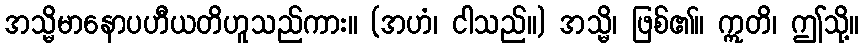
အသ္မိမာနောပဟီယတိဟူသည်ကား။ (အဟံ၊ ငါသည်။) အသ္မိ၊ ဖြစ်၏။ ဣတိ၊ ဤသို့။